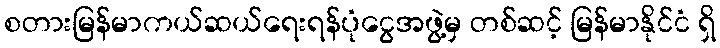
စတားမြန်မာကယ်ဆယ်ရေးရန်ပုံငွေအဖွဲ့မှ တစ်ဆင့် မြန်မာနိုင်ငံ ရှိ